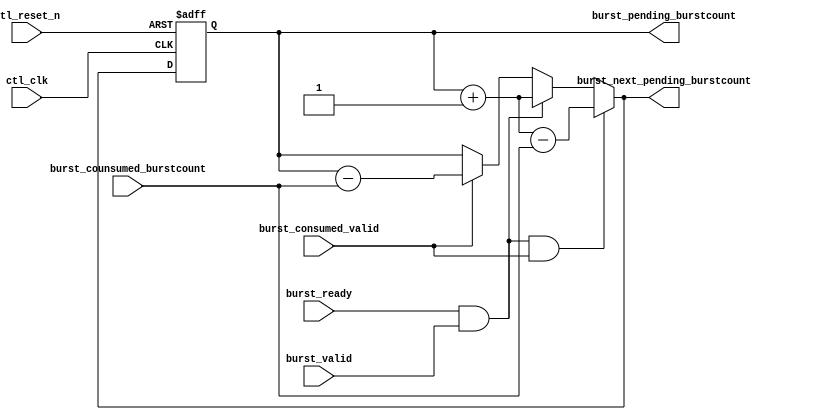
// (C) 2001-2012 Altera Corporation. All rights reserved.
// Your use of Altera Corporation's design tools, logic functions and other 
// software and tools, and its AMPP partner logic functions, and any output 
// files any of the foregoing (including device programming or simulation 
// files), and any associated documentation or information are expressly subject 
// to the terms and conditions of the Altera Program License Subscription 
// Agreement, Altera MegaCore Function License Agreement, or other applicable 
// license agreement, including, without limitation, that your use is for the 
// sole purpose of programming logic devices manufactured by Altera and sold by 
// Altera or its authorized distributors.  Please refer to the applicable 
// agreement for further details.



//altera message_off 10230

module alt_mem_ddrx_burst_tracking
# (
    // module parameter port list
    parameter
        CFG_BURSTCOUNT_TRACKING_WIDTH   =   7,
        CFG_BUFFER_ADDR_WIDTH           =   6,
        CFG_INT_SIZE_WIDTH              =   4
)
(
    // port list
    ctl_clk,
    ctl_reset_n,

    // data burst interface
    burst_ready,
    burst_valid,

    // burstcount counter sent to data_id_manager
    burst_pending_burstcount,
    burst_next_pending_burstcount,

    // burstcount consumed by data_id_manager
    burst_consumed_valid,
    burst_counsumed_burstcount
);

    // -----------------------------
    // local parameter declarations
    // -----------------------------

    // -----------------------------
    // port declaration
    // -----------------------------

    input                                           ctl_clk;
    input                                           ctl_reset_n;
    
    // data burst interface
    input                                           burst_ready;
    input                                           burst_valid;

    // burstcount counter sent to data_id_manager
    output  [CFG_BURSTCOUNT_TRACKING_WIDTH-1:0]     burst_pending_burstcount;
    output  [CFG_BURSTCOUNT_TRACKING_WIDTH-1:0]     burst_next_pending_burstcount;

    // burstcount consumed by data_id_manager
    input                                           burst_consumed_valid;
    input   [CFG_INT_SIZE_WIDTH-1:0]                burst_counsumed_burstcount;

    // -----------------------------
    // port type declaration
    // -----------------------------

    wire                                            ctl_clk;
    wire                                            ctl_reset_n;

    // data burst interface
    wire                                            burst_ready;
    wire                                            burst_valid;

    // burstcount counter sent to data_id_manager
    wire    [CFG_BURSTCOUNT_TRACKING_WIDTH-1:0]     burst_pending_burstcount;
    wire    [CFG_BURSTCOUNT_TRACKING_WIDTH-1:0]     burst_next_pending_burstcount;
    //wire    [CFG_BURSTCOUNT_TRACKING_WIDTH-1:0]    burst_count_accepted;

    // burstcount consumed by data_id_manager
    wire                                            burst_consumed_valid;
    wire    [CFG_INT_SIZE_WIDTH-1:0]                burst_counsumed_burstcount;


    // -----------------------------
    // signal declaration
    // -----------------------------

    reg     [CFG_BURSTCOUNT_TRACKING_WIDTH-1:0]     burst_counter;
    reg     [CFG_BURSTCOUNT_TRACKING_WIDTH-1:0]     burst_counter_next;
    wire                                            burst_accepted;

    // -----------------------------
    // module definition
    // -----------------------------

    assign burst_pending_burstcount      = burst_counter;
    assign burst_next_pending_burstcount = burst_counter_next;
    
    assign burst_accepted = burst_ready & burst_valid;

    always @ (*) 
    begin
        if (burst_accepted & burst_consumed_valid)
        begin
            burst_counter_next = burst_counter + 1 - burst_counsumed_burstcount;
        end
        else if (burst_accepted)
        begin
            burst_counter_next = burst_counter + 1;
        end
        else if (burst_consumed_valid)
        begin
            burst_counter_next = burst_counter - burst_counsumed_burstcount;
        end
        else 
        begin
            burst_counter_next = burst_counter;
        end
    end

    always @ (posedge ctl_clk or negedge ctl_reset_n) 
    begin
        if (~ctl_reset_n)
        begin
            burst_counter <= 0;
        end
        else
        begin

            burst_counter <= burst_counter_next;

        end
    end
    
endmodule